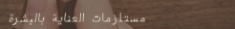
مستلزمات العناية بالبشرة